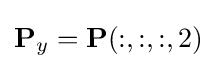
\mathbf {P} _{y}=\mathbf {P} (:,:,:,2)